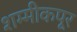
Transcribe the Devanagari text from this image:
शम्मीकपूर